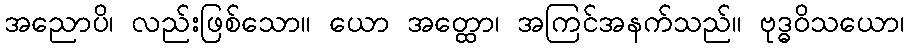
အညောပိ၊ လည်းဖြစ်သော။ ယော အတ္ထော၊ အကြင်အနက်သည်။ ဗုဒ္ဓဝိသယော၊